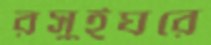
রসুইঘরে